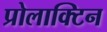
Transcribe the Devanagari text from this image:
प्रोलाक्टिन